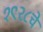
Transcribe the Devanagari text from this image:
१९२८चे